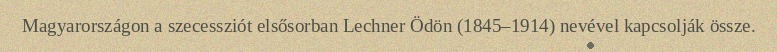
Magyarországon a szecessziót elsősorban Lechner Ödön (1845–1914) nevével kapcsolják össze.